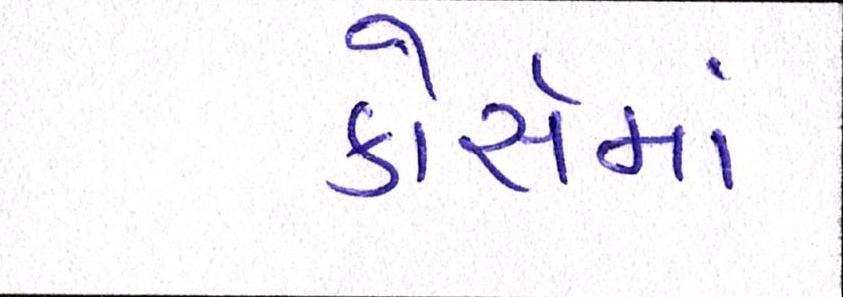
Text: કોસૅમાં